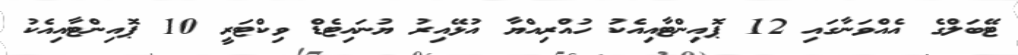
ޓޭބަލްގެ އެއްވަނާގައި 12 ޕޮއިންޓާއިއެކު ހުއްރިއްޔާ އުޅޭއިރު ޔުނައިޓެޑް ވިކްޓަރީ 10 ޕޮއިންޓާއިއެކު